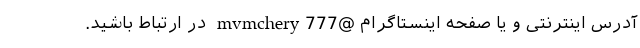
آدرس اینترنتی و یا صفحه اینستاگرام @mvmchery777 در ارتباط باشید.